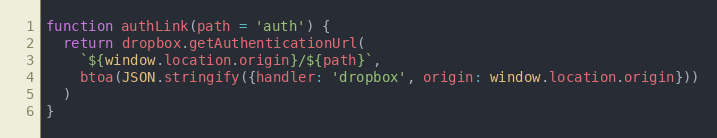
Language: JavaScript
function authLink(path = 'auth') {
  return dropbox.getAuthenticationUrl(
    `${window.location.origin}/${path}`,
    btoa(JSON.stringify({handler: 'dropbox', origin: window.location.origin}))
  )
}